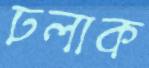
ঢলাক